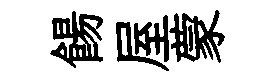
餳屋蒙